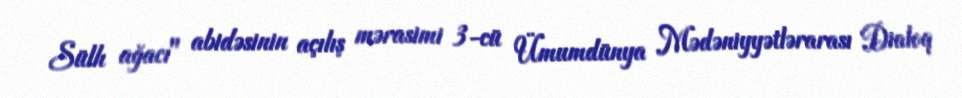
Sülh ağacı" abidəsinin açılış mərasimi 3-cü Ümumdünya Mədəniyyətlərarası Dialoq